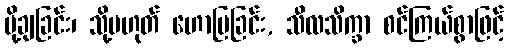
ပို့ချခြင်း၊ သို့မဟုတ် ဟောပြခြင်း, သီလသိက္ခာ စင်ကြယ်စွာဖြင့်